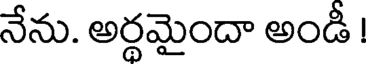
నేను. అర్థమైందా అండీ !